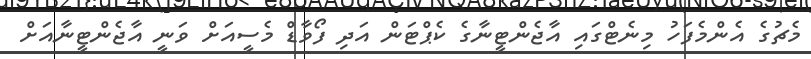
މެޗުގެ އެންމެފަހު މިނެޓްގައި އާޖެންޓީނާގެ ކެޕްޓަން އަދި ފޯވާޑް މެސީއަށް ވަނީ އާޖެންޓީނާއަށް